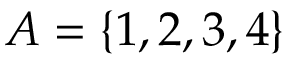
A = \{ 1 , 2 , 3 , 4 \}